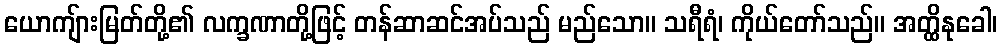
ယောကျ်ားမြတ်တို့၏ လက္ခဏာတို့ဖြင့် တန်ဆာဆင်အပ်သည် မည်သော။ သရီရံ၊ ကိုယ်တော်သည်။ အတ္ထိနုခေါ၊